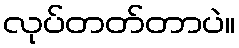
လုပ်တတ်တာပဲ။